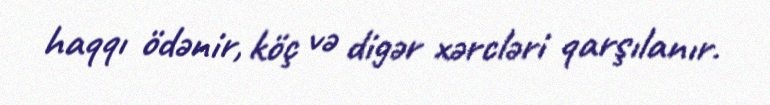
haqqı ödənir, köç və digər xərcləri qarşılanır.